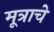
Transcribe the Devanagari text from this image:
मूत्राचे